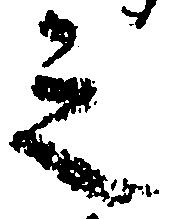
之